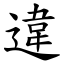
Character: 違